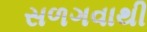
સળગવાથી